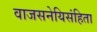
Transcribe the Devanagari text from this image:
वाजसनेयिसंहिता